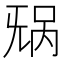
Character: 𬀥